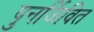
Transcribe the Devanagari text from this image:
पुनर्जिवित